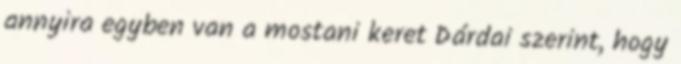
annyira egyben van a mostani keret Dárdai szerint, hogy